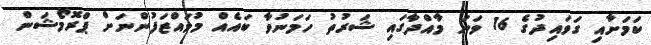
ކަމަށާއި ގަވައިދުގެ 16 ވަނަ މާއްދާގައި ޝަރުތު ހަމަނުވާ ބައެއް މުވައްޒަފުންނަށް ޕްރޮމޯޝަން